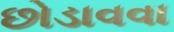
છોડાવવા